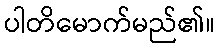
ပါတိမောက်မည်၏။